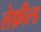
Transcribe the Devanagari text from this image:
लेफ़ील्ड